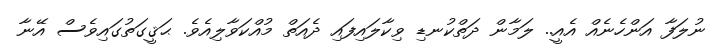
ނުލަފާ އަންހެނެއް އެއީ.. ލަމާން ދަތްކުނޑި ވިކާލައިފައި ދެއަތް މުއްކަވާލިއެވެ. ޙަޤީގަތުގައިވެސް އޭނާ